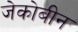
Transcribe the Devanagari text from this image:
जेकोबीन